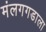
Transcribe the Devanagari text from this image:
मंलगगडाला